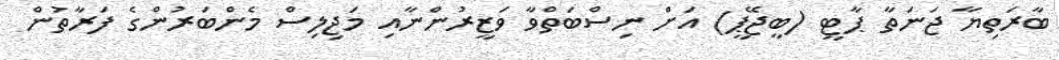
ބާރަތިޔާ ޖަނަތާ ޕާޓީ (ބީޖޭޕީ) އަށް ނިސްބަތްވާ ވަޒީރުންނާއި މަޖިލިސް މެންބަރުންގެ ފަރާތުން